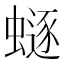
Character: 𧏿